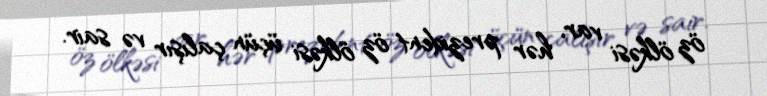
öz ölkəsi var, hər prezident öz ölkəsi üçün çalışır və sair.